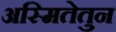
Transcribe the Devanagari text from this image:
अस्मितेतुन